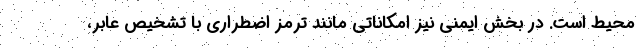
محیط است. در بخش ایمنی نیز امکاناتی مانند ترمز اضطراری با تشخیص عابر،